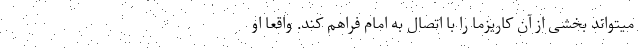
میتواند بخشی از آن کاریزما را با اتصال به امام فراهم کند. واقعا او